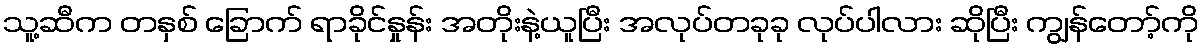
သူ့ဆီက တနှစ် ခြောက် ရာခိုင်နှုန်း အတိုးနဲ့ယူပြီး အလုပ်တခုခု လုပ်ပါလား ဆိုပြီး ကျွန်တော့်ကို